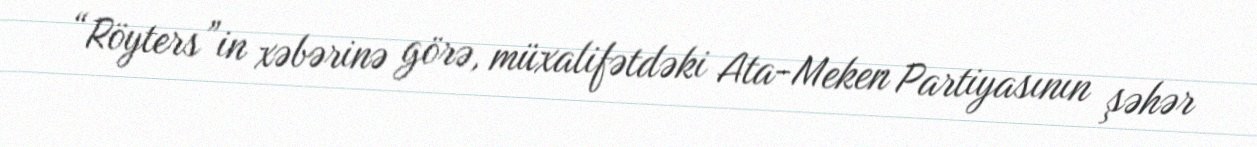
“Röyters”in xəbərinə görə, müxalifətdəki Ata-Meken Partiyasının şəhər